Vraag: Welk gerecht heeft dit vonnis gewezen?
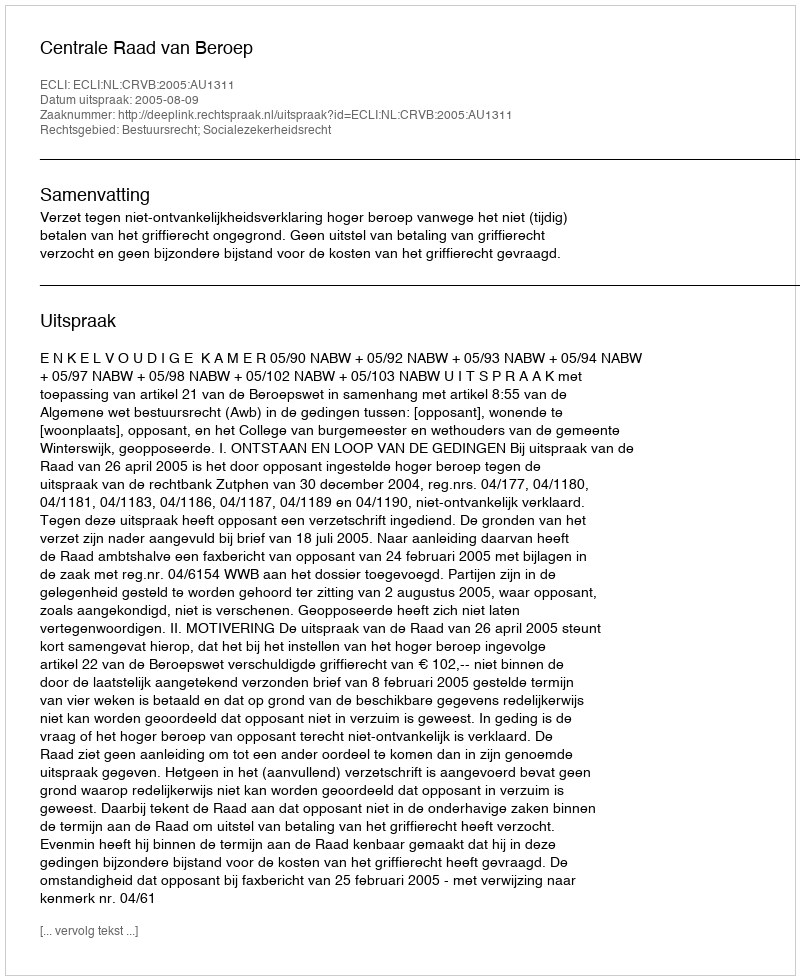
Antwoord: Centrale Raad van Beroep